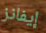
إيفانز